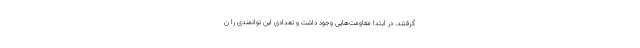
گرفتند. در ابتدا مقاومت‌هایی وجود داشت و تعدادی این توانمندی را ن